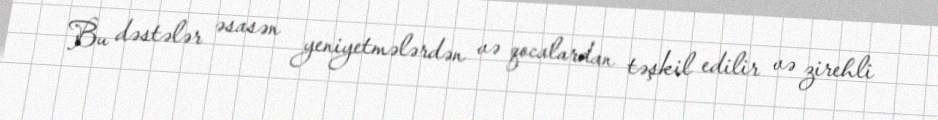
Bu dəstələr əsasən yeniyetmələrdən və qocalardan təşkil edilir və zirehli